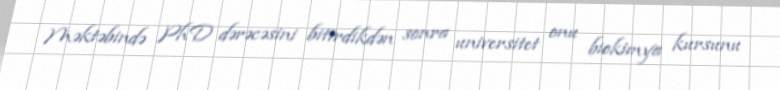
Məktəbində PhD dərəcəsini bitirdikdən sonra universitet onu biokimya kursunu